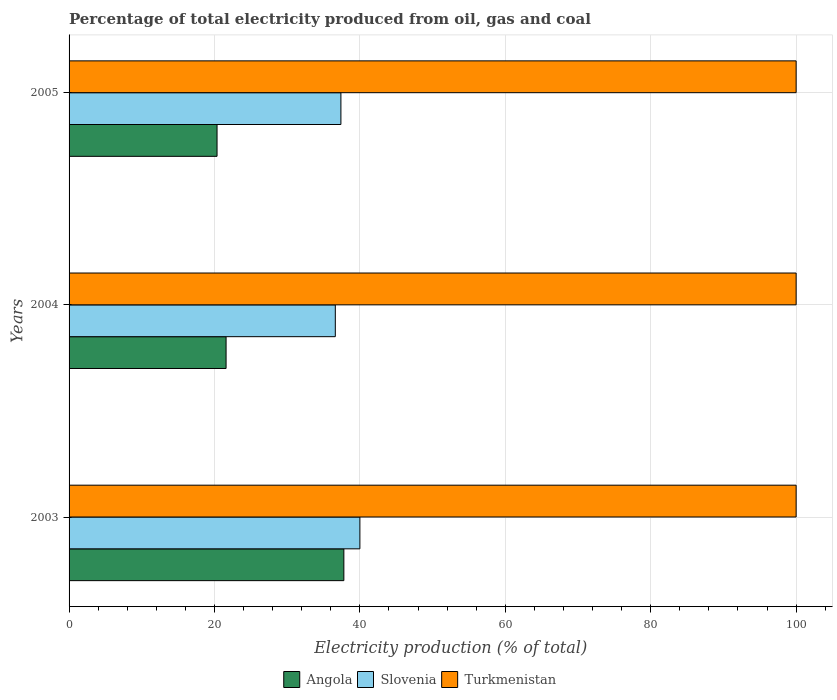
| Years | Angola | Slovenia | Turkmenistan |
 | --- | --- | --- | --- |
 | 2003 | 37.8 | 40 | 100 |
 | 2004 | 21.6 | 36.6 | 100 |
 | 2005 | 20.4 | 37.4 | 100 |